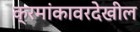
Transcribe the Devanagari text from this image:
क्रमांकावरदेखील